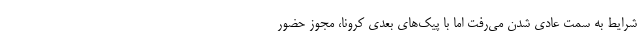
شرایط به سمت عادی شدن می‌رفت اما با پیک‌های بعدی کرونا، مجوز حضور